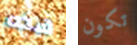
هذه تكون